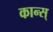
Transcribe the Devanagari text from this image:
कान्स्